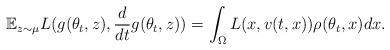
LaTeX: \begin{align*}\mathbb{E}_{z\sim\mu}L(g(\theta_t,z), \frac{d}{dt}g(\theta_t,z))=\int_{\Omega}L(x, v(t,x))\rho(\theta_t,x)dx.\end{align*}